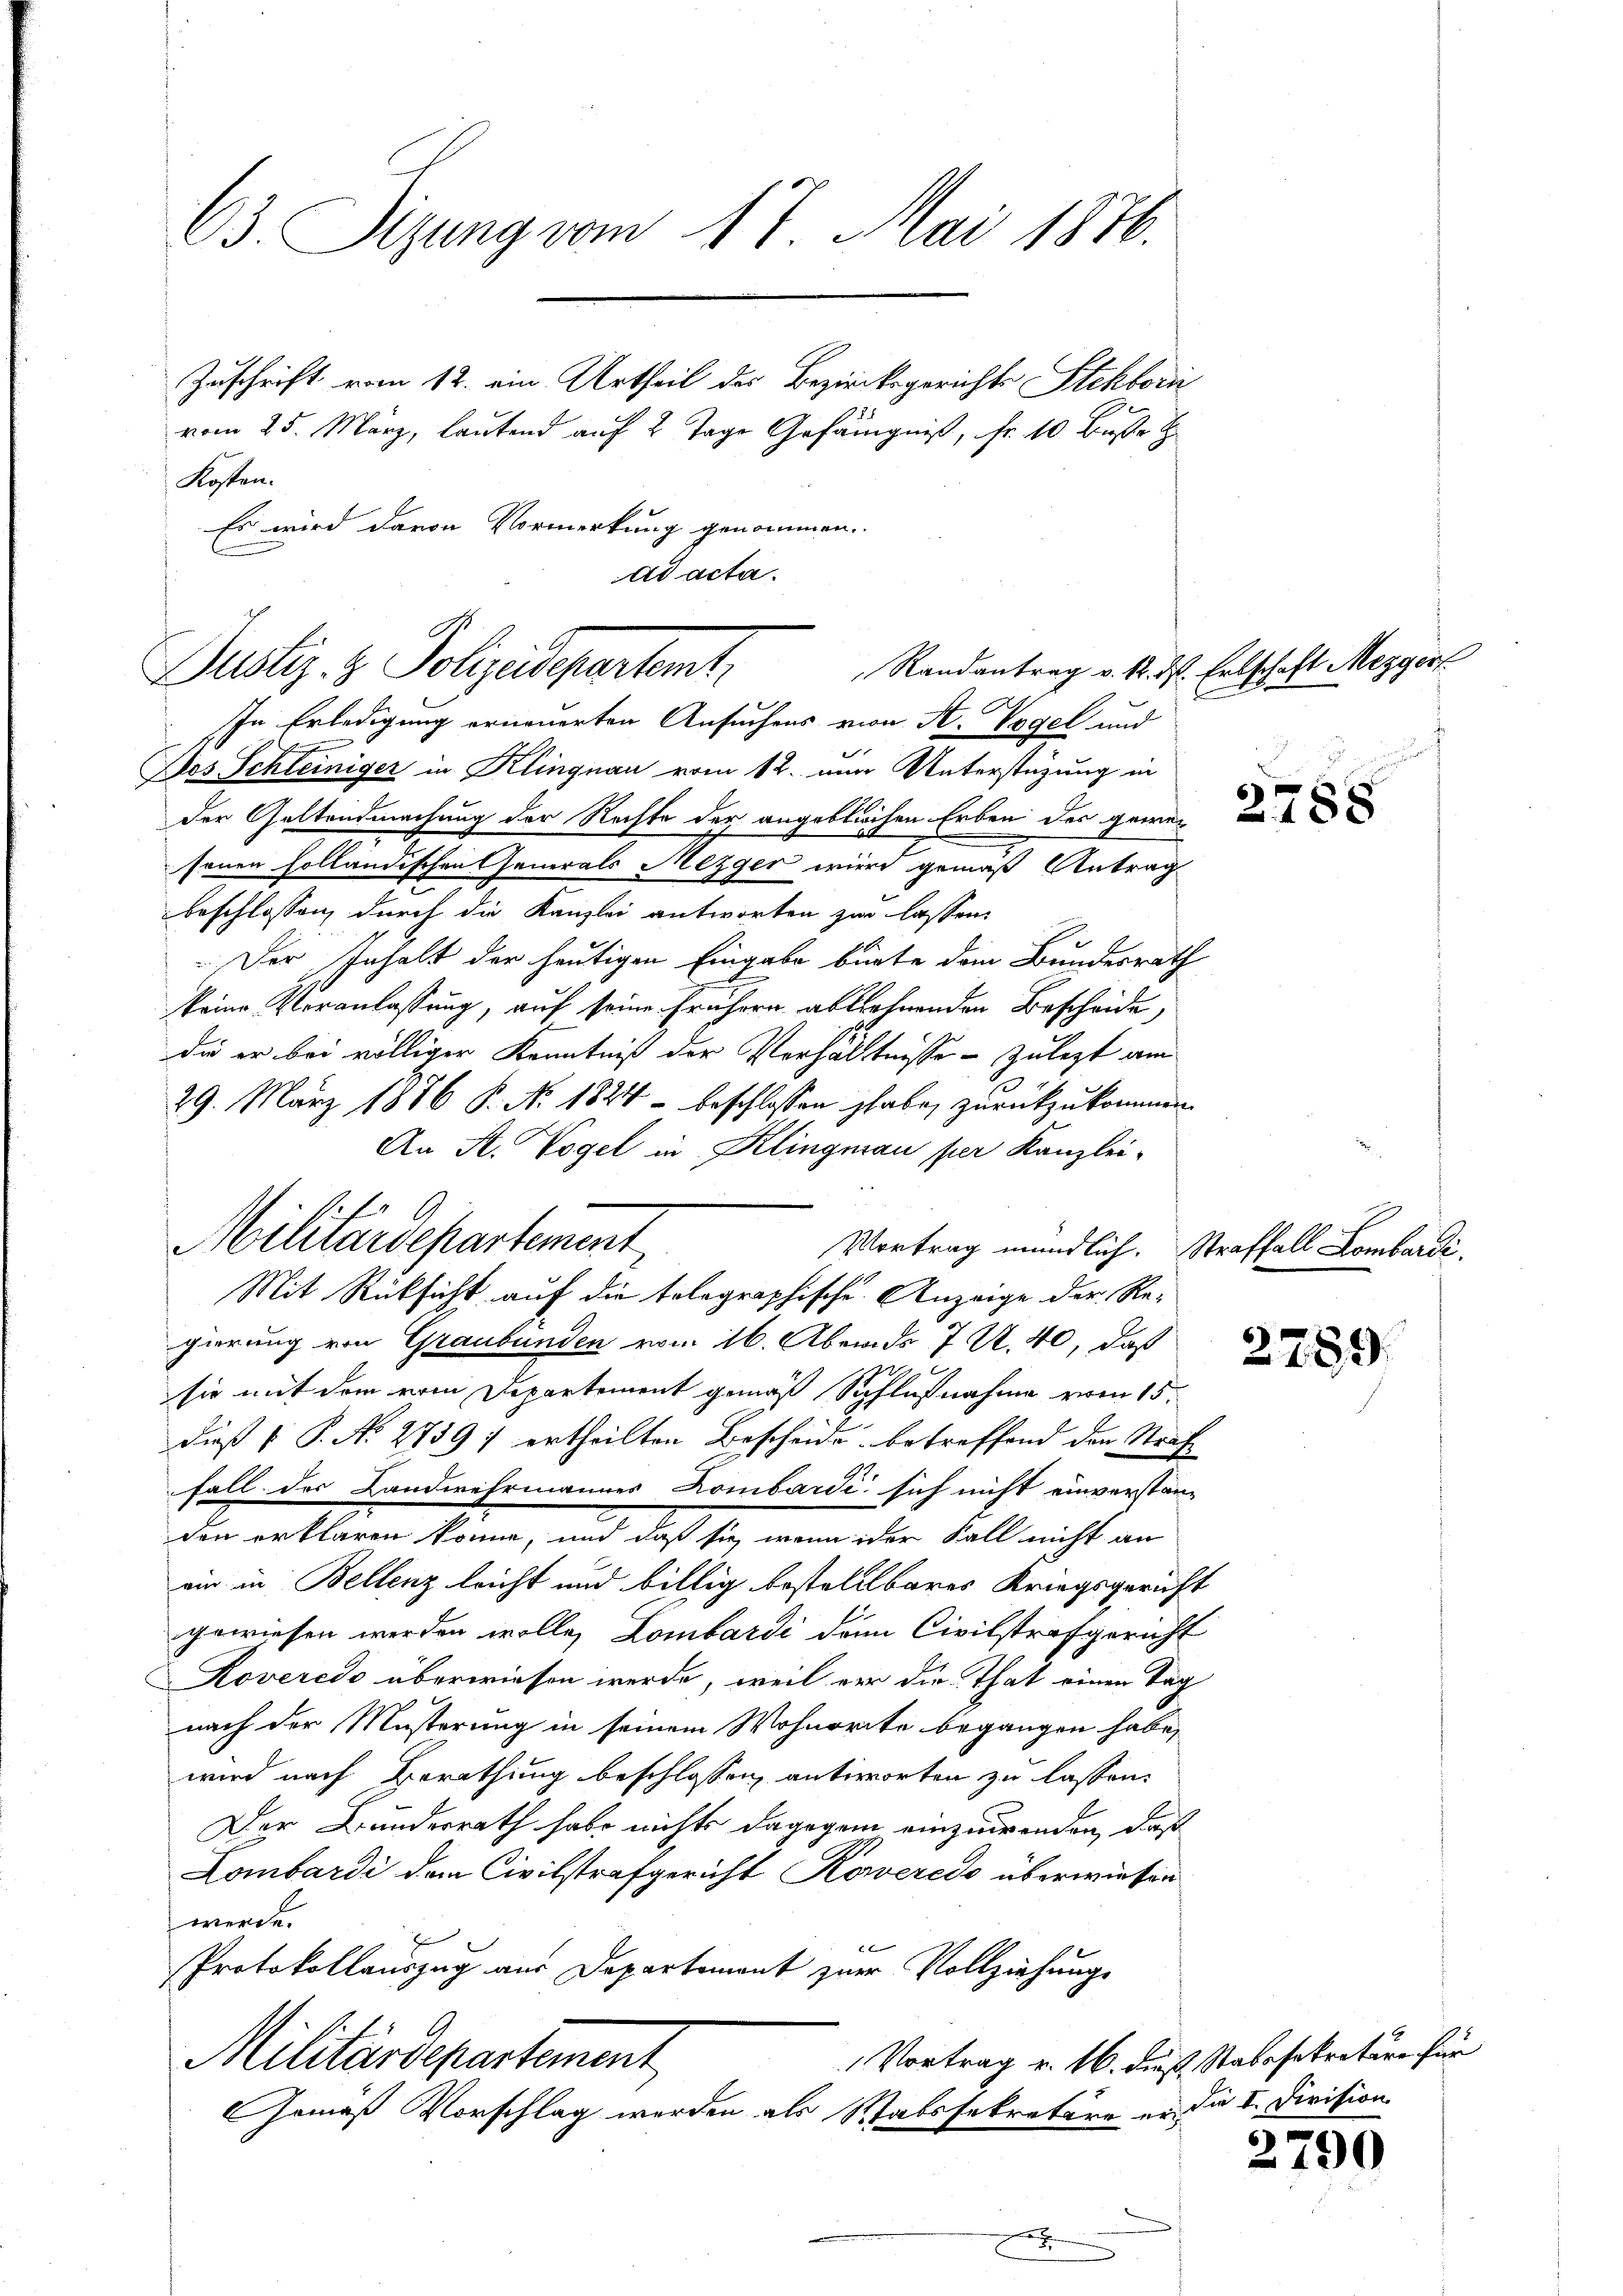
63. Sizung vom 17. Mai 1876.

Zuschrift vom 12. ein Urtheil des Bezirksgerichts Stehbori
vom 25. März, lautend auf 2 Tage Gefängniß, fr. 10 Buße
Kosten.
Es wird davon Vormerkung genommen.
ad acta.

Randantrag v. 12. d. Entschaft Mezger
Justiz- & Polizeidepartamt,

In Erledigung erneuerten Ansuchens von A. Vogel und
Dos Schleiniger in Klingnau vom 12. nur Unterstützung in
der Geltendmachung der Rechte der angeblichen Erben der gewesonen holländischen Generals Mezger wird gemäß Antrag
beschlossen, durch die Kanzlei antworten zur lassen
Der Inhalt der heutigen Eingabe birte dem Bundesrath
keine Veranlassung, auf seine frühern ablehnenden Bescheide,
die er bei völliger Kenntniß der Verhältnisse zulezt am
29. März 1886 P. Nr. 1824 - beschlossen habe, zurückzukommen
An A. Vogel in Klingman per Kanzlei-
Militärdepartement
Vortrag mündlich. Straffall Lombardi.
Mit Rücksicht auf die tolographische Anzeige der Regierung von Graubünden vom 16. Abends 7 U. 40, daß
sie mit dem vom Departement gemäß Schlußnahme vom 15.
dieß P. No 2759 7 ertheilten Bescheide betreffend den Straf
Fall des Landwehrmannes Kombardi sich nicht einverstanz
den erklären könne, und daß sie wenn der Fall nicht an
ein in Bellenz leicht und billig bestelllbares Kriegsgericht
gewiesen werden wolle, Lombardi dem Civilstrafgericht
Roveredo überwiesen werde, weil vor die That einen Tag
nach der Musterung in seinem Wohnorte begangen habe,
wird nach Berathung beschlossen, antworten zu lassen.
Der Bundesrath habe nichts dagegen einzuwenden, daß
Lombardi dem Civilstrafgericht Koweredo überwiesen
werde.
x
Protokollauszug aus Departement zur Vollziehungs
Vortrag v. 16. dieß Stabssekretäre für
Militärdepartement
Gemäß Vorschlag werden als Ratssekretäre er die I. Division
g

2759

2790